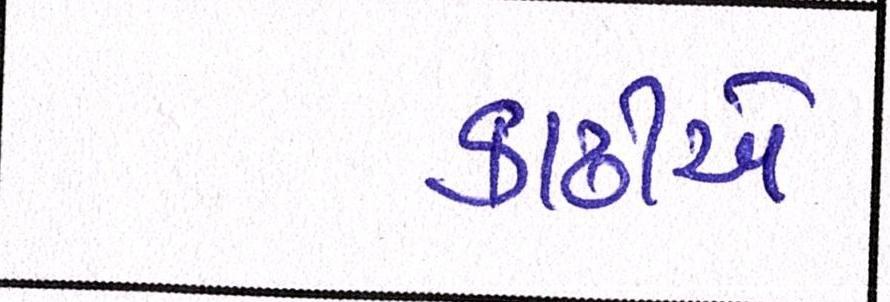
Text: કાઢીએ